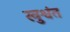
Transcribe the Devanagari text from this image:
खुश्वंत